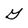
Character: G